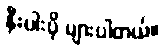
နီးပါးပို များပါတယ်။